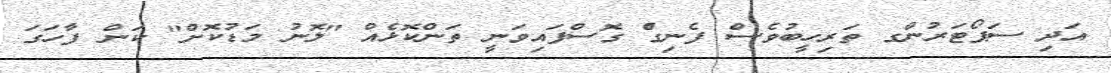
އަދި ސަޕޯޓަރުންގ ތަރިހީބުވެސް ފެނިގެް ގޮސްފައިވަނީ ތަންކޮޅެއް "ލޮނު މަޑުކޮށް" ކަން ފާހަގަ